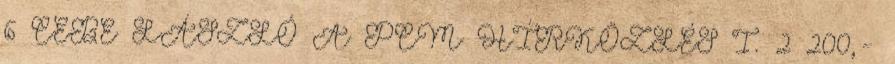
6 CEBE LÁSZLÓ A PCM HÍRKÖZLÉS I. 2 200,-